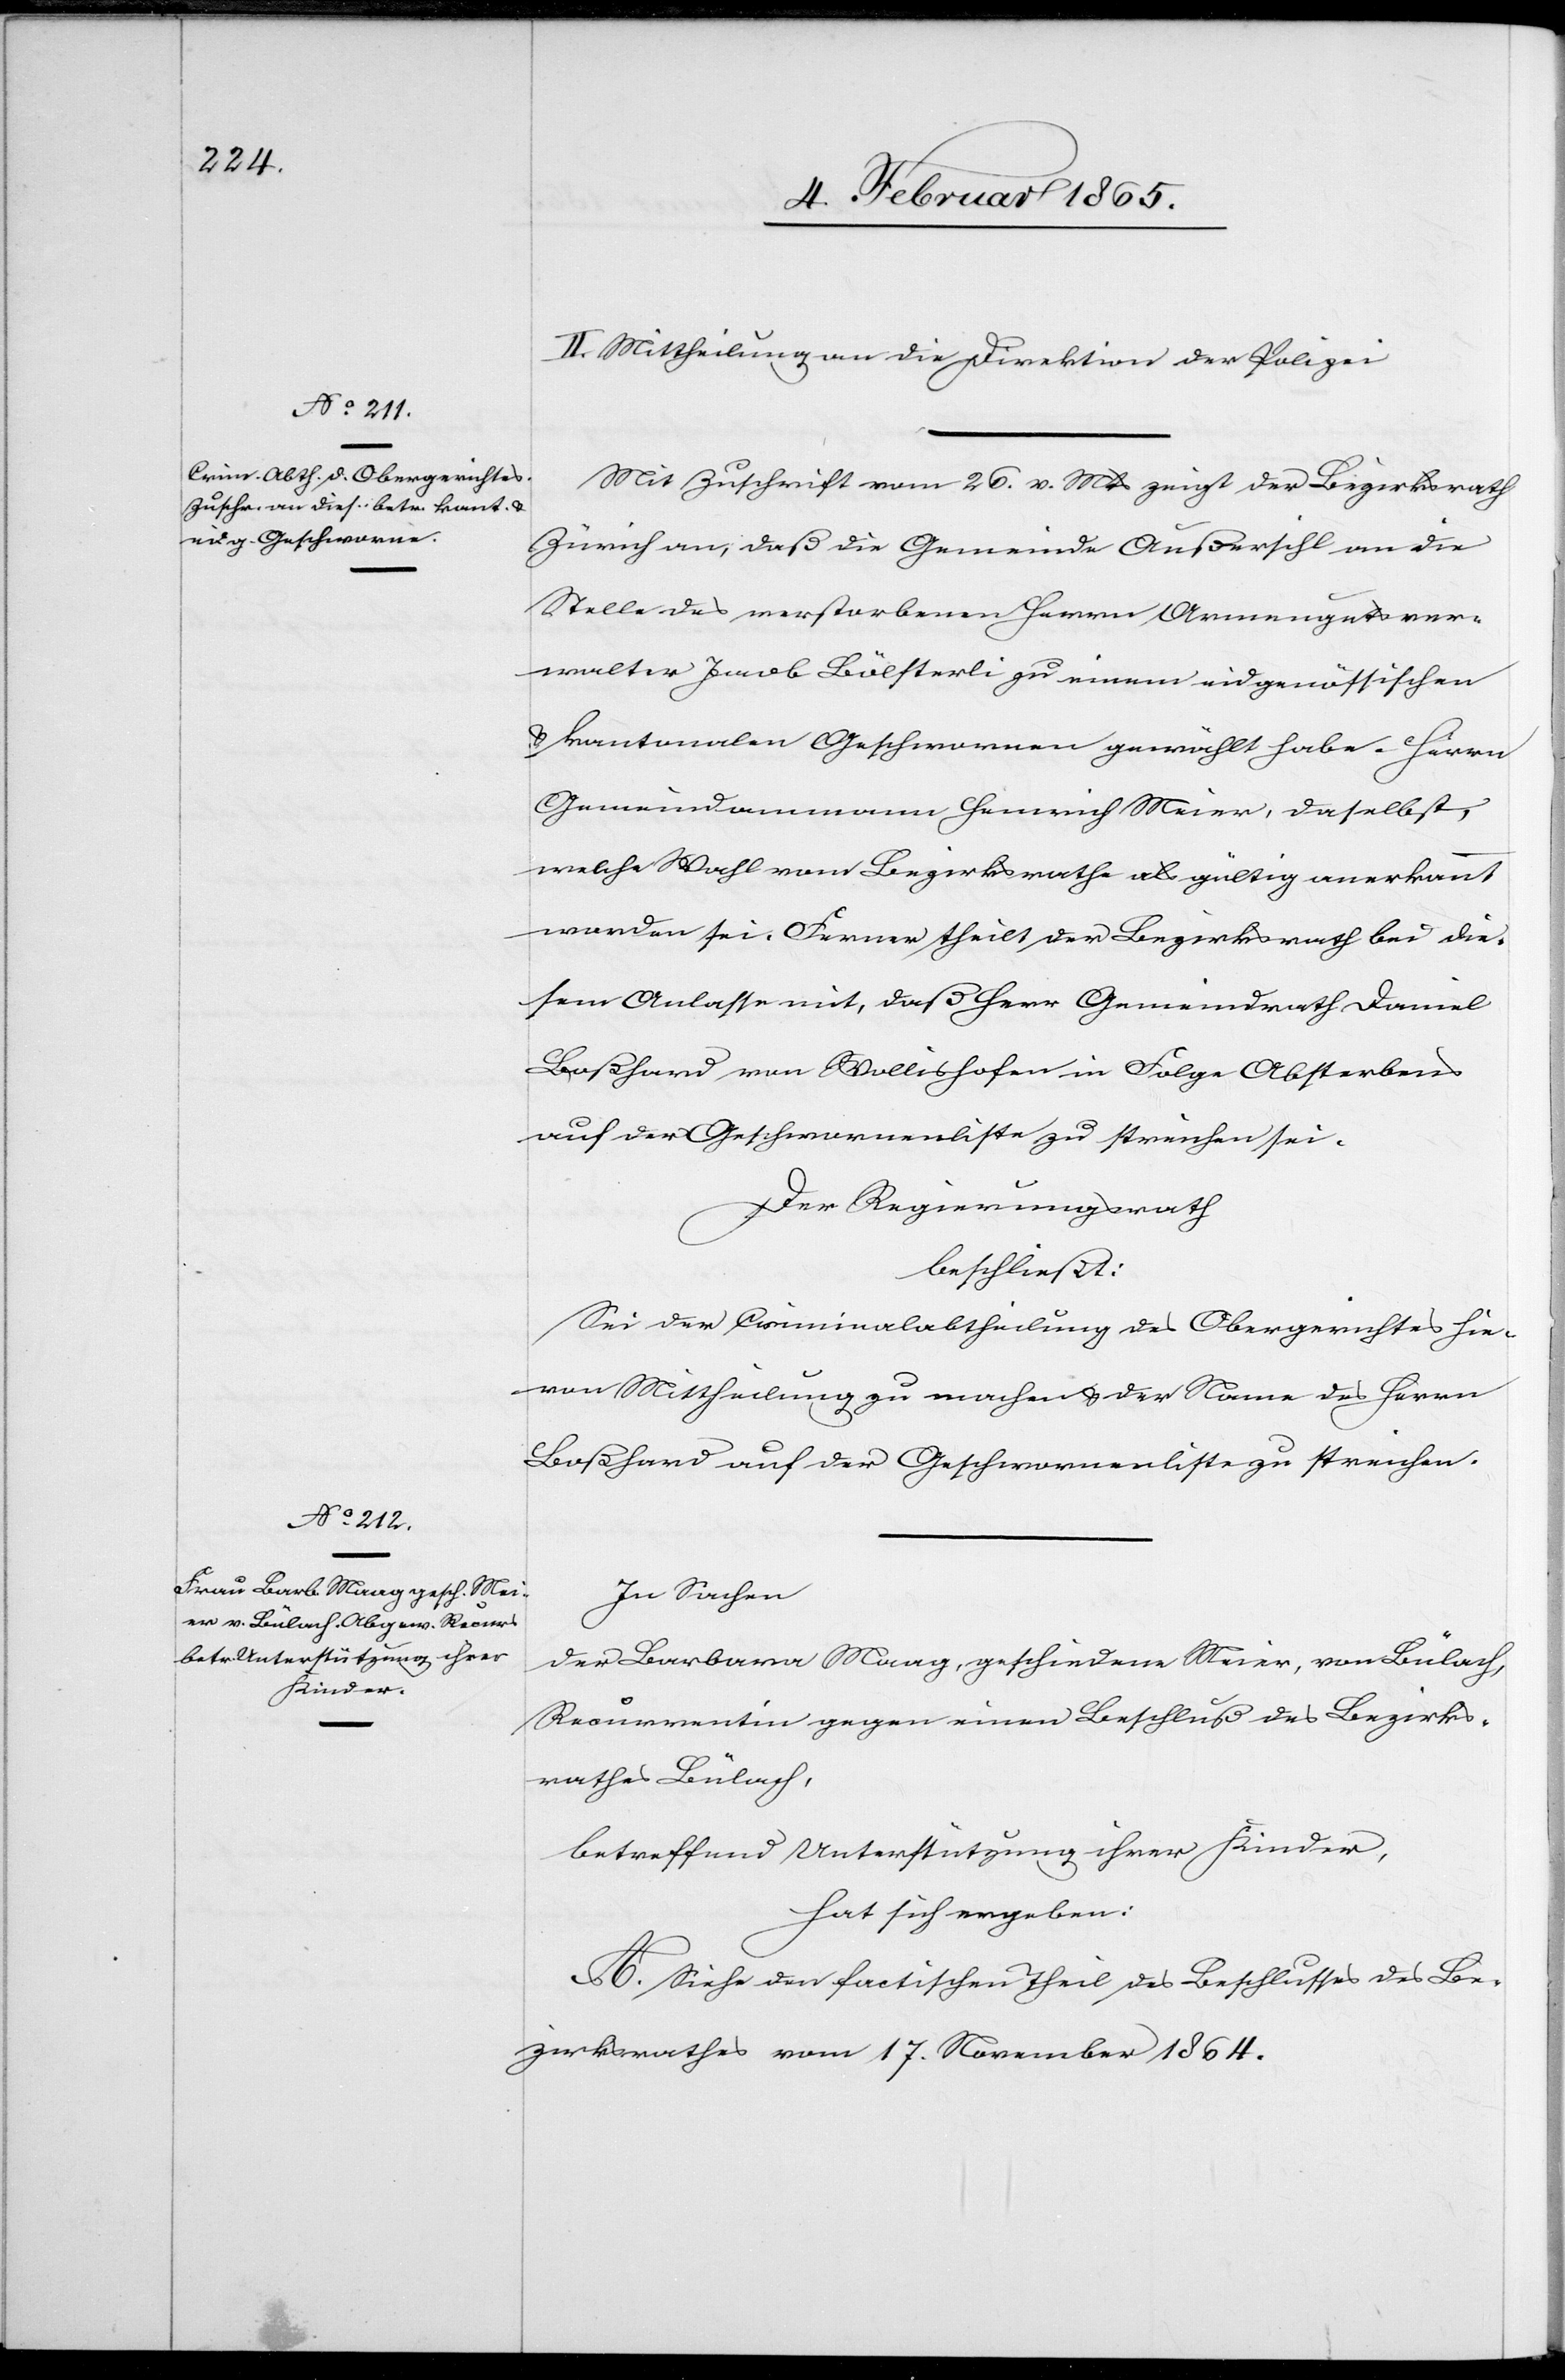
II. Mittheilung an die Direktion der Polizei.
Mit Zuschrift vom 26. v. Mts zeigt der Bezirksrath
Zürich an, daß die Gemeinde Außersihl an die
Stelle des verstorbenen Herrn Armengutsver¬
walter Jacob Bölsterli zu einem eidgenössischen
u. kantonalen Geschwornen gewählt habe – Herrn
Gemeindammann Heinrich Meier, daselbst,
welche Wahl vom Bezirksrathe als gültig anerkannt
worden sei. Ferner theilt der Bezirksrath bei die¬
sem Anlasse mit, daß Herr Gemeindrath Daniel
Boßhard von Wollishofen in Folge Absterbens
auf der Geschwornenliste zu streichen sei.
Der Regierungsrath
beschließt:
Sei der Criminalabtheilung des Obergerichtes hie¬
von Mittheilung zu machen u. der Name des Herrn
Boßhard auf der Geschwornenliste zu streichen.
In Sachen
der Barbara Maag, geschiedene Meier, von Bülach,
Recurrentin gegen einen Beschluß des Bezirks¬
rathes Bülach,
betreffend Unterstützung ihrer Kinder,
hat sich ergeben:
A. Siehe den factischen Theil des Beschlusses des Be¬
zirksrathes vom 17. November 1864.